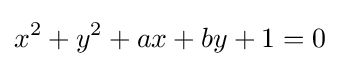
x^{2}+y^{2}+ax+by+1=0